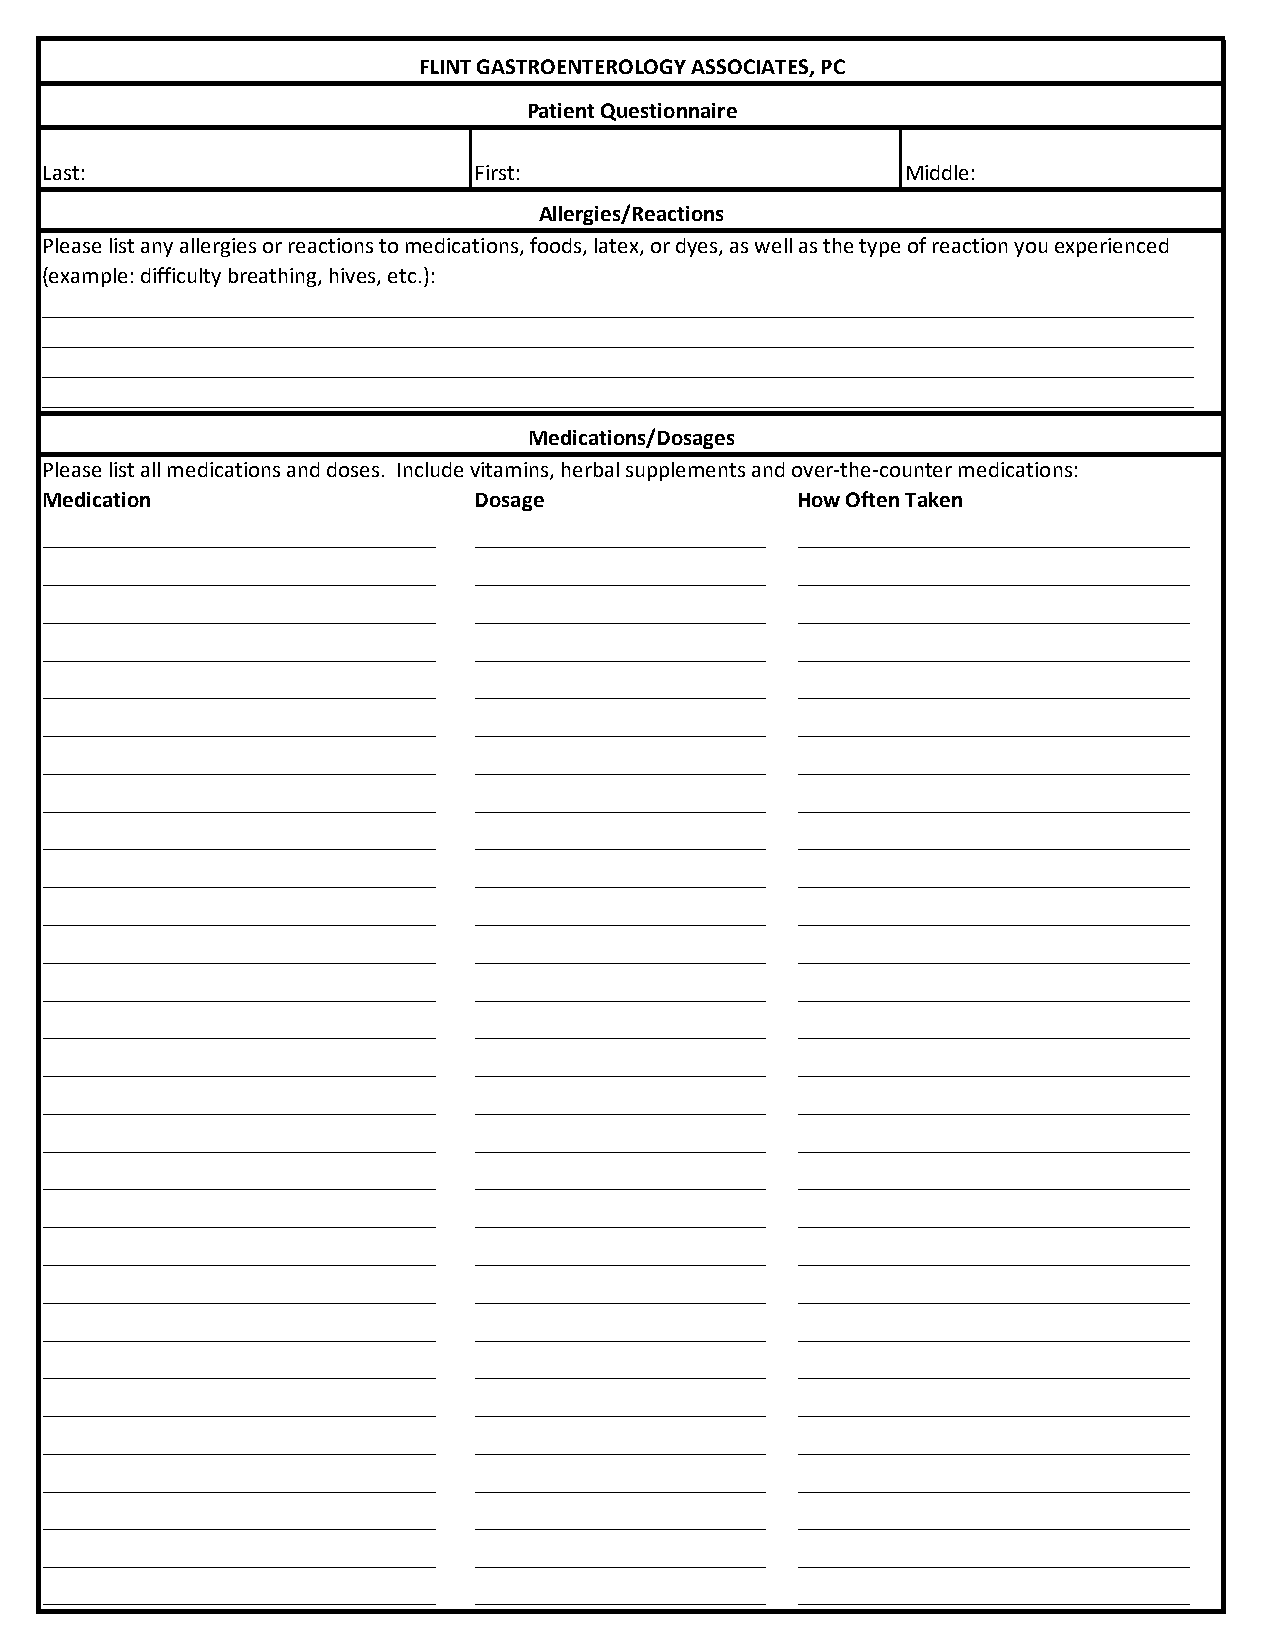
FLINT GASTROENTEROLOGY ASSOCIATES, PC
 Patient Questionnaire
 Last:                        First:                      Middle:
 Allergies/Reactions
 Please list any allergies or reactions to medications, foods, latex, or dyes, as well as the type of reaction you experienced
 (example: difficulty breathing, hives, etc.):
 ____________________________________________________________________________________________________
 ____________________________________________________________________________________________________
 ____________________________________________________________________________________________________
 ____________________________________________________________________________________________________
 Medications/Dosages
 Please list all medications and doses. Include vitamins, herbal supplements and over-the-counter medications:
 Medication                   Dosage               How Often Taken
 ___________________________ ____________________ ___________________________
 ___________________________ ____________________ ___________________________
 ___________________________ ____________________ ___________________________
 ___________________________ ____________________ ___________________________
 ___________________________ ____________________ ___________________________
 ___________________________ ____________________ ___________________________
 ___________________________ ____________________ ___________________________
 ___________________________ ____________________ ___________________________
 ___________________________ ____________________ ___________________________
 ___________________________ ____________________ ___________________________
 ___________________________ ____________________ ___________________________
 ___________________________ ____________________ ___________________________
 ___________________________ ____________________ ___________________________
 ___________________________ ____________________ ___________________________
 ___________________________ ____________________ ___________________________
 ___________________________ ____________________ ___________________________
 ___________________________ ____________________ ___________________________
 ___________________________ ____________________ ___________________________
 ___________________________ ____________________ ___________________________
 ___________________________ ____________________ ___________________________
 ___________________________ ____________________ ___________________________
 ___________________________ ____________________ ___________________________
 ___________________________ ____________________ ___________________________
 ___________________________ ____________________ ___________________________
 ___________________________ ____________________ ___________________________
 ___________________________ ____________________ ___________________________
 ___________________________ ____________________ ___________________________
 ___________________________ ____________________ ___________________________
 ___________________________ ____________________ ___________________________